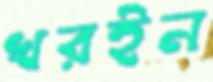
খরইন